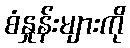
စံနှုန်းများကို